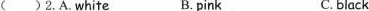
( )2.A.White B. pink C. black